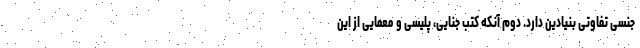
جنسی تفاوتی بنیادین دارد. دوم آنکه کتب جنایی، پلیسی و معمایی از این